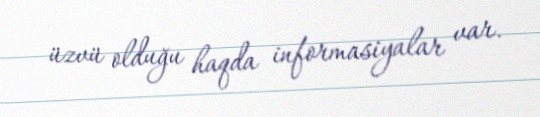
üzvü olduğu haqda informasiyalar var.